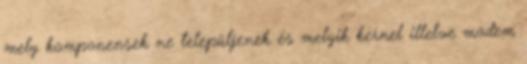
mely komponensek ne települjenek és melyik kernel illetve modem